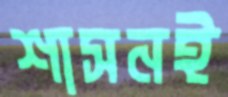
শাসনই